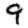
Digit: 9